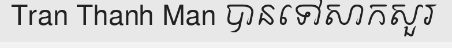
Tran Thanh Man បានទៅសាកសួរ